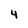
Character: 4